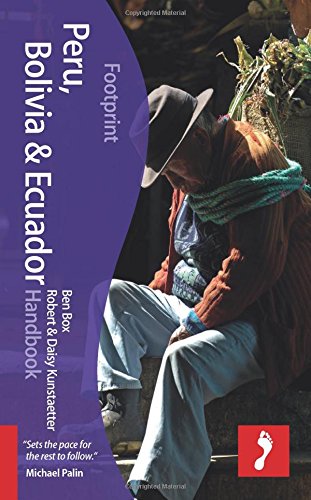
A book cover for Peru, Bolivia & Ecuador Handbook (Footprint - Handbooks); Daisy Kunstaetter; Travel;